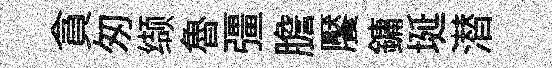
貪匆缬魯彊膽饜鏞埏潜